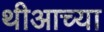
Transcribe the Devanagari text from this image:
थीआच्या